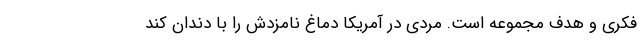
فکری و هدف مجموعه است. مردی در آمریکا دماغ نامزدش را با دندان کند